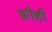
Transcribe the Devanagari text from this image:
फ्रीही